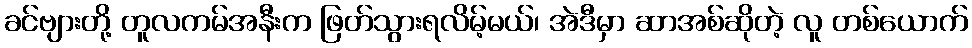
ခင်ဗျားတို့ တူလကမ်အနီးက ဖြတ်သွားရလိမ့်မယ်၊ အဲဒီမှာ ဆာအစ်ဆိုတဲ့ လူ တစ်ယောက်